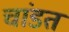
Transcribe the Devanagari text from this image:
चांडत